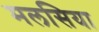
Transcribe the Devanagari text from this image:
मलसिया